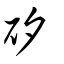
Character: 矽